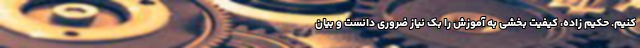
کنیم. حکیم زاده، کیفیت بخشی به آموزش را بک نیاز ضروری دانست و بیان